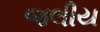
જલીય